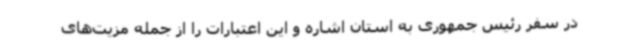
در سفر رئیس جمهوری به استان اشاره و این اعتبارات را از جمله مزیت‌های